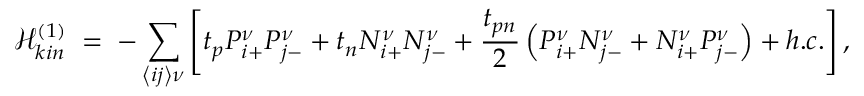
\mathcal { H } _ { k i n } ^ { ( 1 ) } \; = \; - \sum _ { \left\langle i j \right\rangle \nu } \left[ t _ { p } P _ { i { + } } ^ { \nu } P _ { j { - } } ^ { \nu } + t _ { n } N _ { i { + } } ^ { \nu } N _ { j { - } } ^ { \nu } + \frac { t _ { p n } } { 2 } \left( P _ { i { + } } ^ { \nu } N _ { j { - } } ^ { \nu } + N _ { i { + } } ^ { \nu } P _ { j { - } } ^ { \nu } \right) + h . c . \right] ,